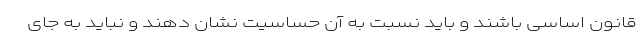
قانون اساسی باشند و باید نسبت به آن حساسیت نشان دهند و نباید به جای